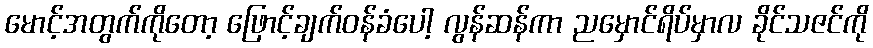
မောင့်အတွက်ကိုတော့ ဖြောင့်ချက်ဝန်ခံပေါ့ လွန်ဆန်ကာ ညမှောင်ရိပ်မှာလ ခိုင်သဇင်ကို